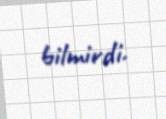
bilmirdi.